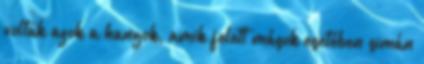
voltak azok a hangok, amik felett mások esetében simán